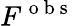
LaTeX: F^{\mathrm{~o~b~s~}}